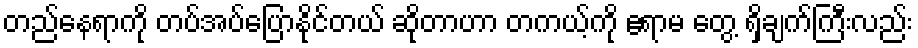
တည်နေရာကို တပ်အပ်ပြောနိုင်တယ် ဆိုတာဟာ တကယ့်ကို ဧရာမ တွေ့ ရှိချက်ကြီးလည်း